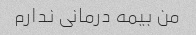
من بیمه درمانی ندارم